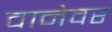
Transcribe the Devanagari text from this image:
वानेवर